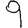
Digit: 9